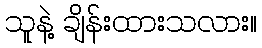
သူနဲ့ ချိန်းထားသလား။